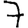
Digit: 7